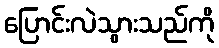
ပြောင်းလဲသွားသည်ကို